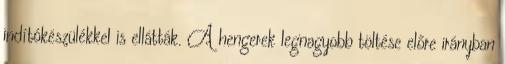
indítókészülékkel is ellátták. A hengerek legnagyobb töltése előre irányban